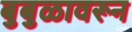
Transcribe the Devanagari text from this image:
बुबुळावरून